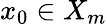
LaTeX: x_{0}\in X_{m}